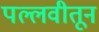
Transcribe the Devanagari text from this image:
पल्लवीतून